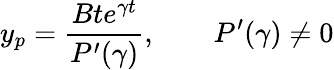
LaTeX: y_{p}={\frac{Bte^{\gamma t}}{P^{\prime}(\gamma)}},\qquad P^{\prime}(\gamma)\neq 0